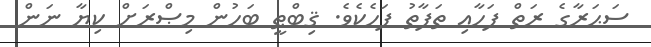
ސަޙަރާގެ ރަތް ފަހާއި ތަފާތު ފަހެކެވެ. ޤިބްޠީ ބަހުން މިޞްރަށް ކިޔާ ނަން